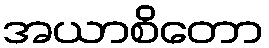
အယာစိတော